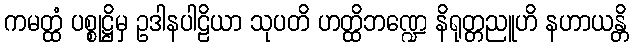
ကမတ္ထံ ပစ္စုဋ္ဌိမှ ဥဒါနပါဠိယာ သုပတိ ဟတ္ထိဘဏ္ဍေ နိရုတ္တညူဟိ နဟာယန္တိ